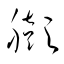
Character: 膨